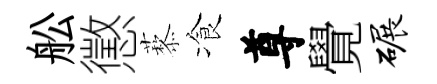
舩懲藜飡尊覺碾